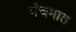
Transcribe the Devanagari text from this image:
पंचमात